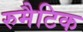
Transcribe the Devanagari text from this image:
रुमैटिक